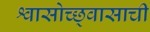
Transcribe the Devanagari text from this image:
श्वासोच्छ्वासाची